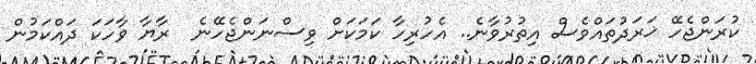
ކުރަންޖެހޭ ޚަރަދުތައްވެސް އިތުރުވާނެ.. އެހުރިހާ ކަމަކަށް ވިސްނަންޖެހޭނެ  ރާޔާ ވާހަކަ ދައްކަމުން